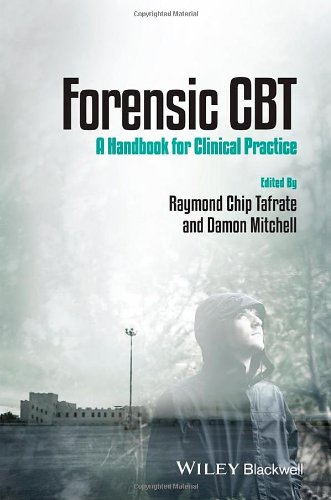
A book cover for Forensic CBT: A Handbook for Clinical Practice; Medical Books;